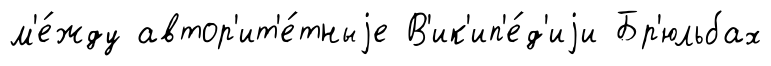
м'е́жду автор'ит'е́тныjе В'ик'ип'е́д'иjи Бр'юльбах